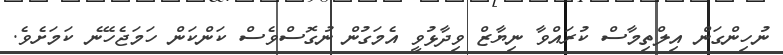
ނުހިންގަން އިލްތިމާސް ކުރައްވާ ނިޔާޒް ވިދާޅުވީ އެމަގުން ނުގޮސްވެސް ކަންކަން ހަމަޖެހޭނެ ކަމަށެވެ.